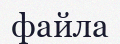
файла